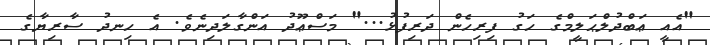
"އެއީ ޢަބްދުލްޙަލީމްގެ ހަގު ފިރިހެން ދަރިފުޅު..." މަސްޢޫދު އަންގާލަދިނެވެ. އެ ހިނދު ސާރިޔާގެ